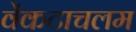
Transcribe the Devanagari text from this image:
वेंकटाचलम